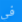
في